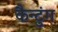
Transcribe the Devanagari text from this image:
कैन्टुंग